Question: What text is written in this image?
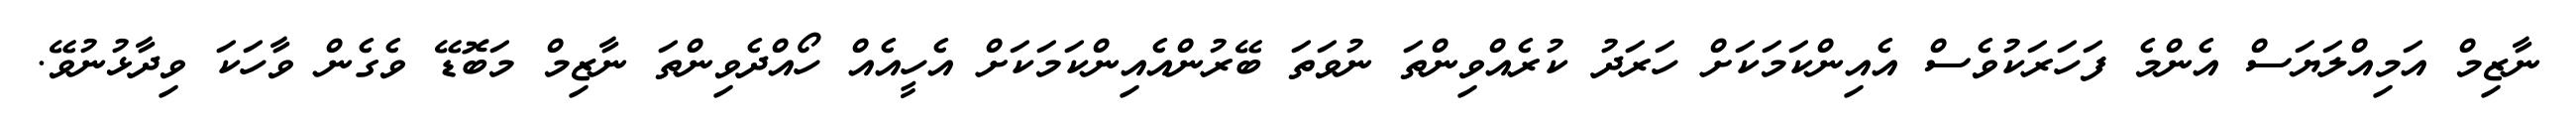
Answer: ނާޒިމް އަމިއްލަޔަސް އެންމެ ފަހަރަކުވެސް އެއިންކަމަކަށް ހަރަދު ކުރެއްވިންތަ ނުވަތަ ބޭރުންއެއިންކަމަކަށް އެހީއެއް ހޯއްދެވިންތަ ނާޒިމް މަބޮޑޭ ވެގެން ވާހަކަ ވިދާޅުނުވޭ.